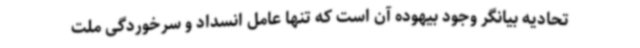
تحادیه بیانگر وجود بیهوده آن است که تنها عامل انسداد و سرخوردگی ملت